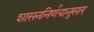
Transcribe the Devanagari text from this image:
शासननिर्णयानुसार